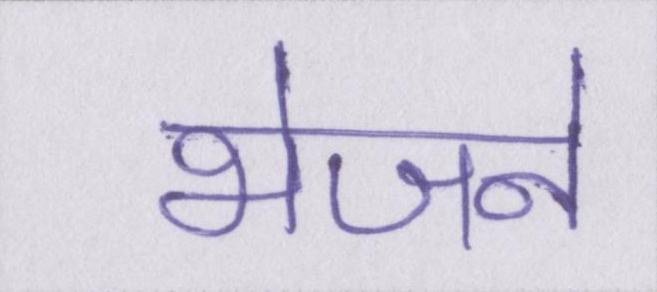
भेजने